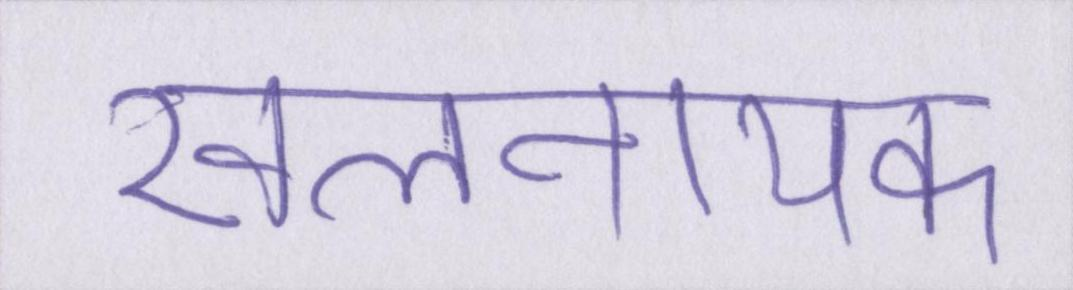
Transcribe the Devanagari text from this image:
खलनायक